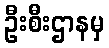
ဦးစီးဌာနမှ